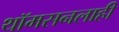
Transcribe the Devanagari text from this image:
थॉमसनलाही